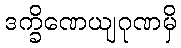
ဒက္ခိဏေယျဂုဏမှိ